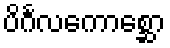
ပိင်္ဂလကောစ္ဆော